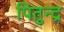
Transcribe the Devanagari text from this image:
पितुन्द्र